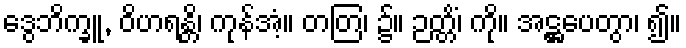
ဒွေဘိက္ခူ, ဝိဟရန္တိ၊ ကုန်အံ့။ တတြ၊ ၌။ ဉတ္တိံ၊ ကို။ အဋ္ဌပေတွာ၊ ၍။